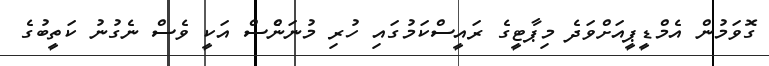
ގޮވަމުން އެމްޑީޕީއަށްވަދެ މިޕާޓީގެ ރައީސްކަމުގައި ހުރި މުނަންެސް އަކީ ވެސް ނެގުނު ކަތީބުުގެ